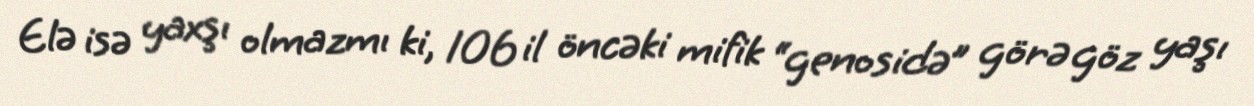
Elə isə yaxşı olmazmı ki, 106 il öncəki mifik “genosidə” görə göz yaşı